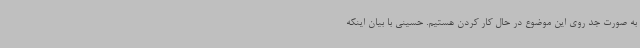
به صورت جد روی این موضوع در حال کار کردن هستیم. حسینی با بیان اینکه